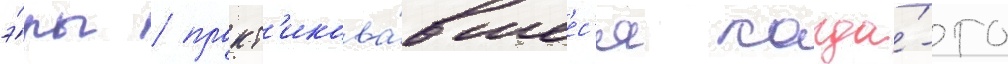
э́ры / практ'икова́вшеес'я когда́-то